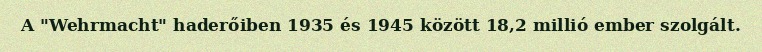
A "Wehrmacht" haderőiben 1935 és 1945 között 18,2 millió ember szolgált.